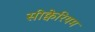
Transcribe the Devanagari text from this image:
सीक्वेरियम